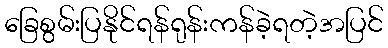
ခြေစွမ်းပြနိုင်ရန်ရုန်းကန်ခဲ့ရတဲ့အပြင်